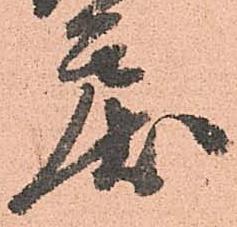
戻